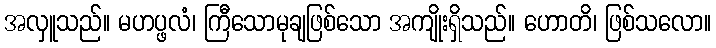
အလှူသည်။ မဟပ္ဖလံ၊ ကြီသောမုချဖြစ်သော အကျိုးရှိသည်။ ဟောတိ၊ ဖြစ်သလော။